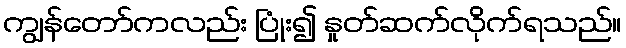
ကျွန်တော်ကလည်း ပြုံး၍ နှုတ်ဆက်လိုက်ရသည်။